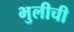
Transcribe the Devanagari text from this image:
भुलीची